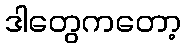
ဒါတွေကတော့